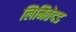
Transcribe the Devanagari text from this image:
लिमितेदड